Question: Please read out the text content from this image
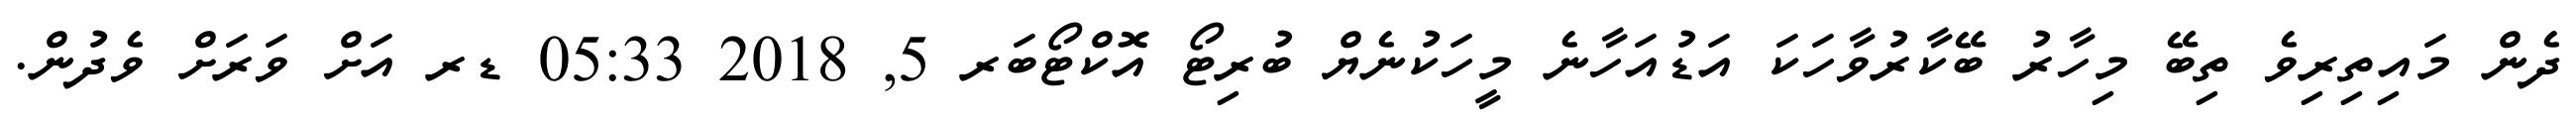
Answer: ދެން މައިތިރިވެ ތިބޭ މިހާރު ބޭކާރުވާހަކަ އަޑުއަހާނެ މީހަކުނެޔް ބުރިޓޯ އޮކްޓޯބަރ 5, 2018 05:33 ޑރ އަށް ވަރަށް ވެދުން.